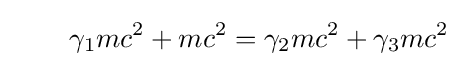
\quad \quad \gamma _{1}mc^{2}+mc^{2}=\gamma _{2}mc^{2}+\gamma _{3}mc^{2}